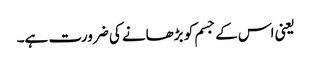
یعنی اس کے جسم کو بڑھانے کی ضرورت ہے۔